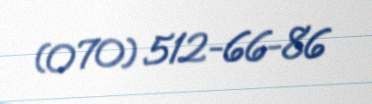
(070) 512-66-86